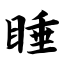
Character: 睡